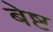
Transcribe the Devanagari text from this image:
बेष्ट